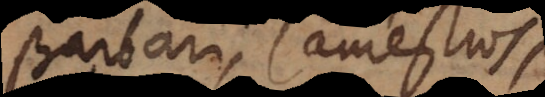
rbari, Camestros,